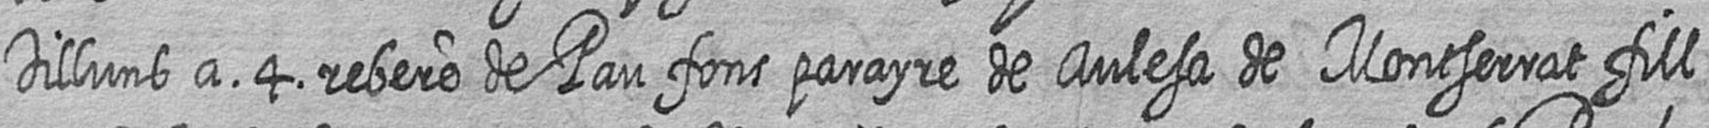
Dilluns a 4 rebere de Pau fons parayre de Aulesa de Montserrat fill